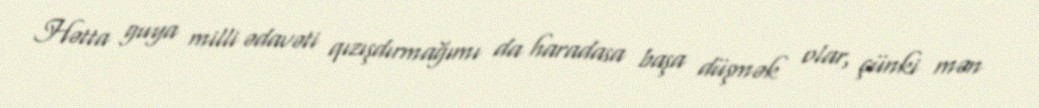
Hətta guya milli ədavəti qızışdırmağımı da haradasa başa düşmək olar, çünki mən